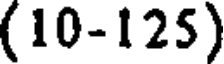
(10-125)